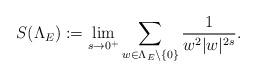
LaTeX: \begin{align*}S(\Lambda_E):=\lim_{s\rightarrow 0^{+}}\sum_{w\in \Lambda_E \setminus \{0\}}\frac{1}{w^2 |w|^{2s}}.\end{align*}